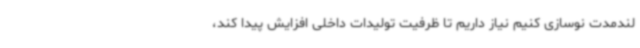
لندمدت نوسازی کنیم نیاز داریم تا ظرفیت تولیدات داخلی افزایش پیدا کند،